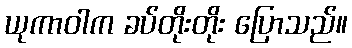
ယုကာဝါက ခပ်တိုးတိုး ပြောသည်။